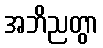
အဘိညတွာ